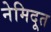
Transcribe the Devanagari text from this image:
नेमिदूत